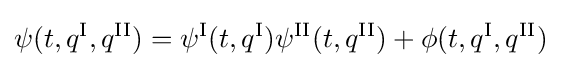
\psi (t,q^{\text{I}},q^{\text{II}})=\psi ^{\text{I}}(t,q^{\text{I}})\psi ^{\text{II}}(t,q^{\text{II}})+\phi (t,q^{\text{I}},q^{\text{II}})